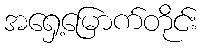
အရှေ့မြောက်တိုင်း